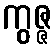
ကွဇ္ဇ